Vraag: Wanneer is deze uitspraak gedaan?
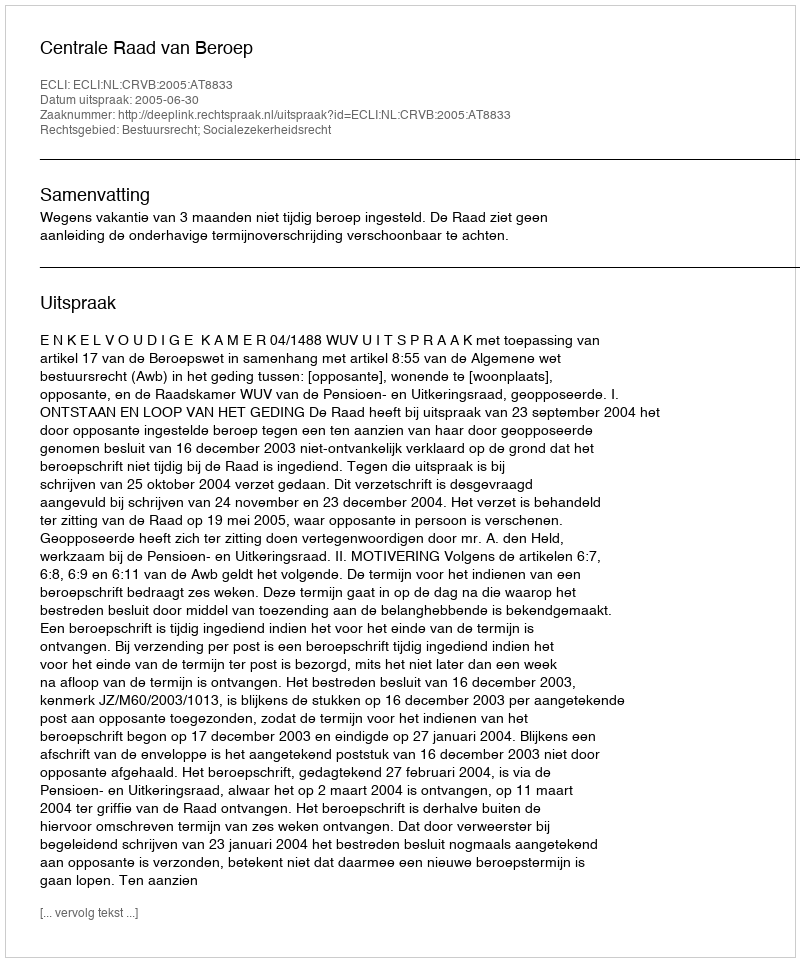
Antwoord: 2005-06-30